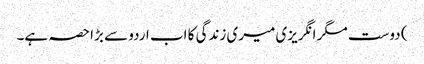
) دوست مگر انگریزی میری زندگی کا اب اردو سے بڑا حصہ ہے۔